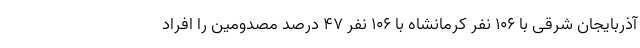
آذربایجان شرقی با ۱۰۶ نفر کرمانشاه با ۱۰۶ نفر ۴۷ درصد مصدومین را افراد